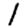
Digit: 1